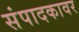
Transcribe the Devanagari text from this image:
संपादकावर